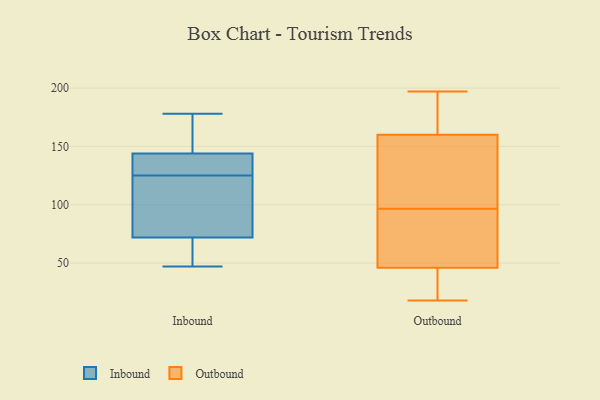
{"axis": {"x": "Energy Usage (MWh)", "y": "Value"}, "legend": ["Inbound", "Outbound"], "data": [{"x": "", "y": 121, "type": "Inbound"}, {"x": "", "y": 129, "type": "Inbound"}, {"x": "", "y": 127, "type": "Inbound"}, {"x": "", "y": 123, "type": "Inbound"}, {"x": "", "y": 52, "type": "Inbound"}, {"x": "", "y": 148, "type": "Inbound"}, {"x": "", "y": 174, "type": "Inbound"}, {"x": "", "y": 47, "type": "Inbound"}, {"x": "", "y": 178, "type": "Inbound"}, {"x": "", "y": 56, "type": "Inbound"}, {"x": "", "y": 85, "type": "Inbound"}, {"x": "", "y": 129, "type": "Inbound"}, {"x": "", "y": 72, "type": "Inbound"}, {"x": "", "y": 144, "type": "Inbound"}, {"x": "", "y": 46, "type": "Outbound"}, {"x": "", "y": 43, "type": "Outbound"}, {"x": "", "y": 97, "type": "Outbound"}, {"x": "", "y": 87, "type": "Outbound"}, {"x": "", "y": 161, "type": "Outbound"}, {"x": "", "y": 160, "type": "Outbound"}, {"x": "", "y": 96, "type": "Outbound"}, {"x": "", "y": 101, "type": "Outbound"}, {"x": "", "y": 18, "type": "Outbound"}, {"x": "", "y": 197, "type": "Outbound"}]}